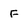
Character: F